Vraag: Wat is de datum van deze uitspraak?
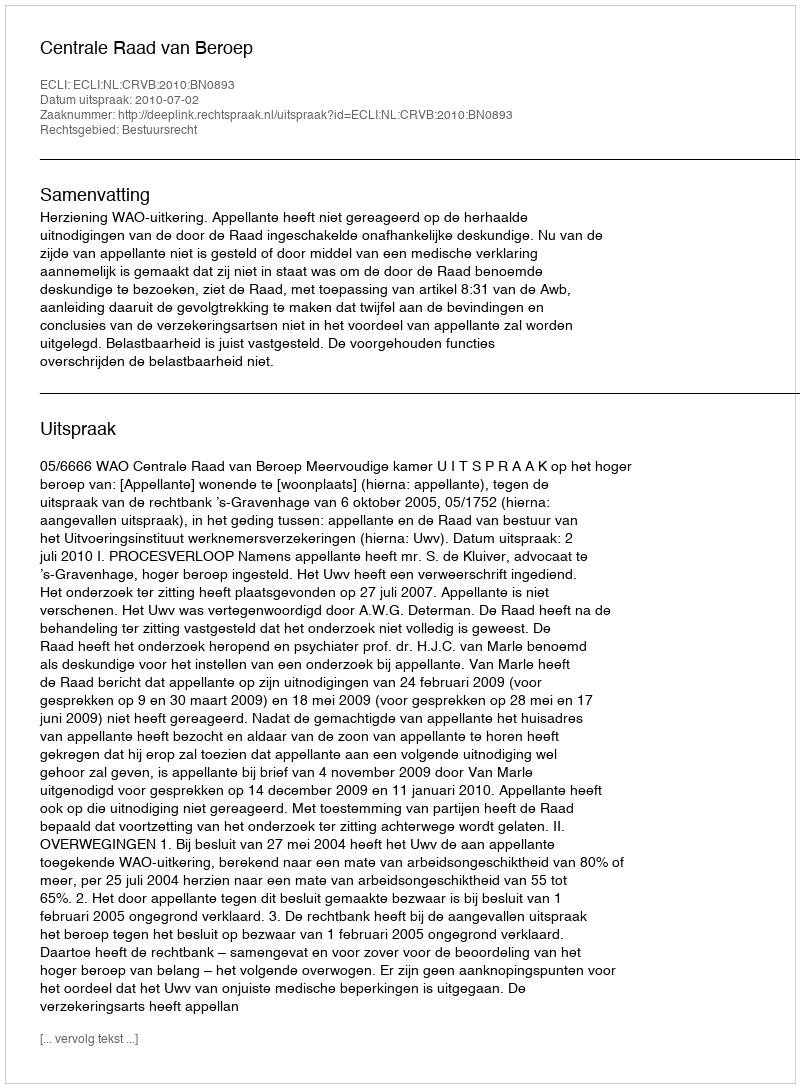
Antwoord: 2010-07-02